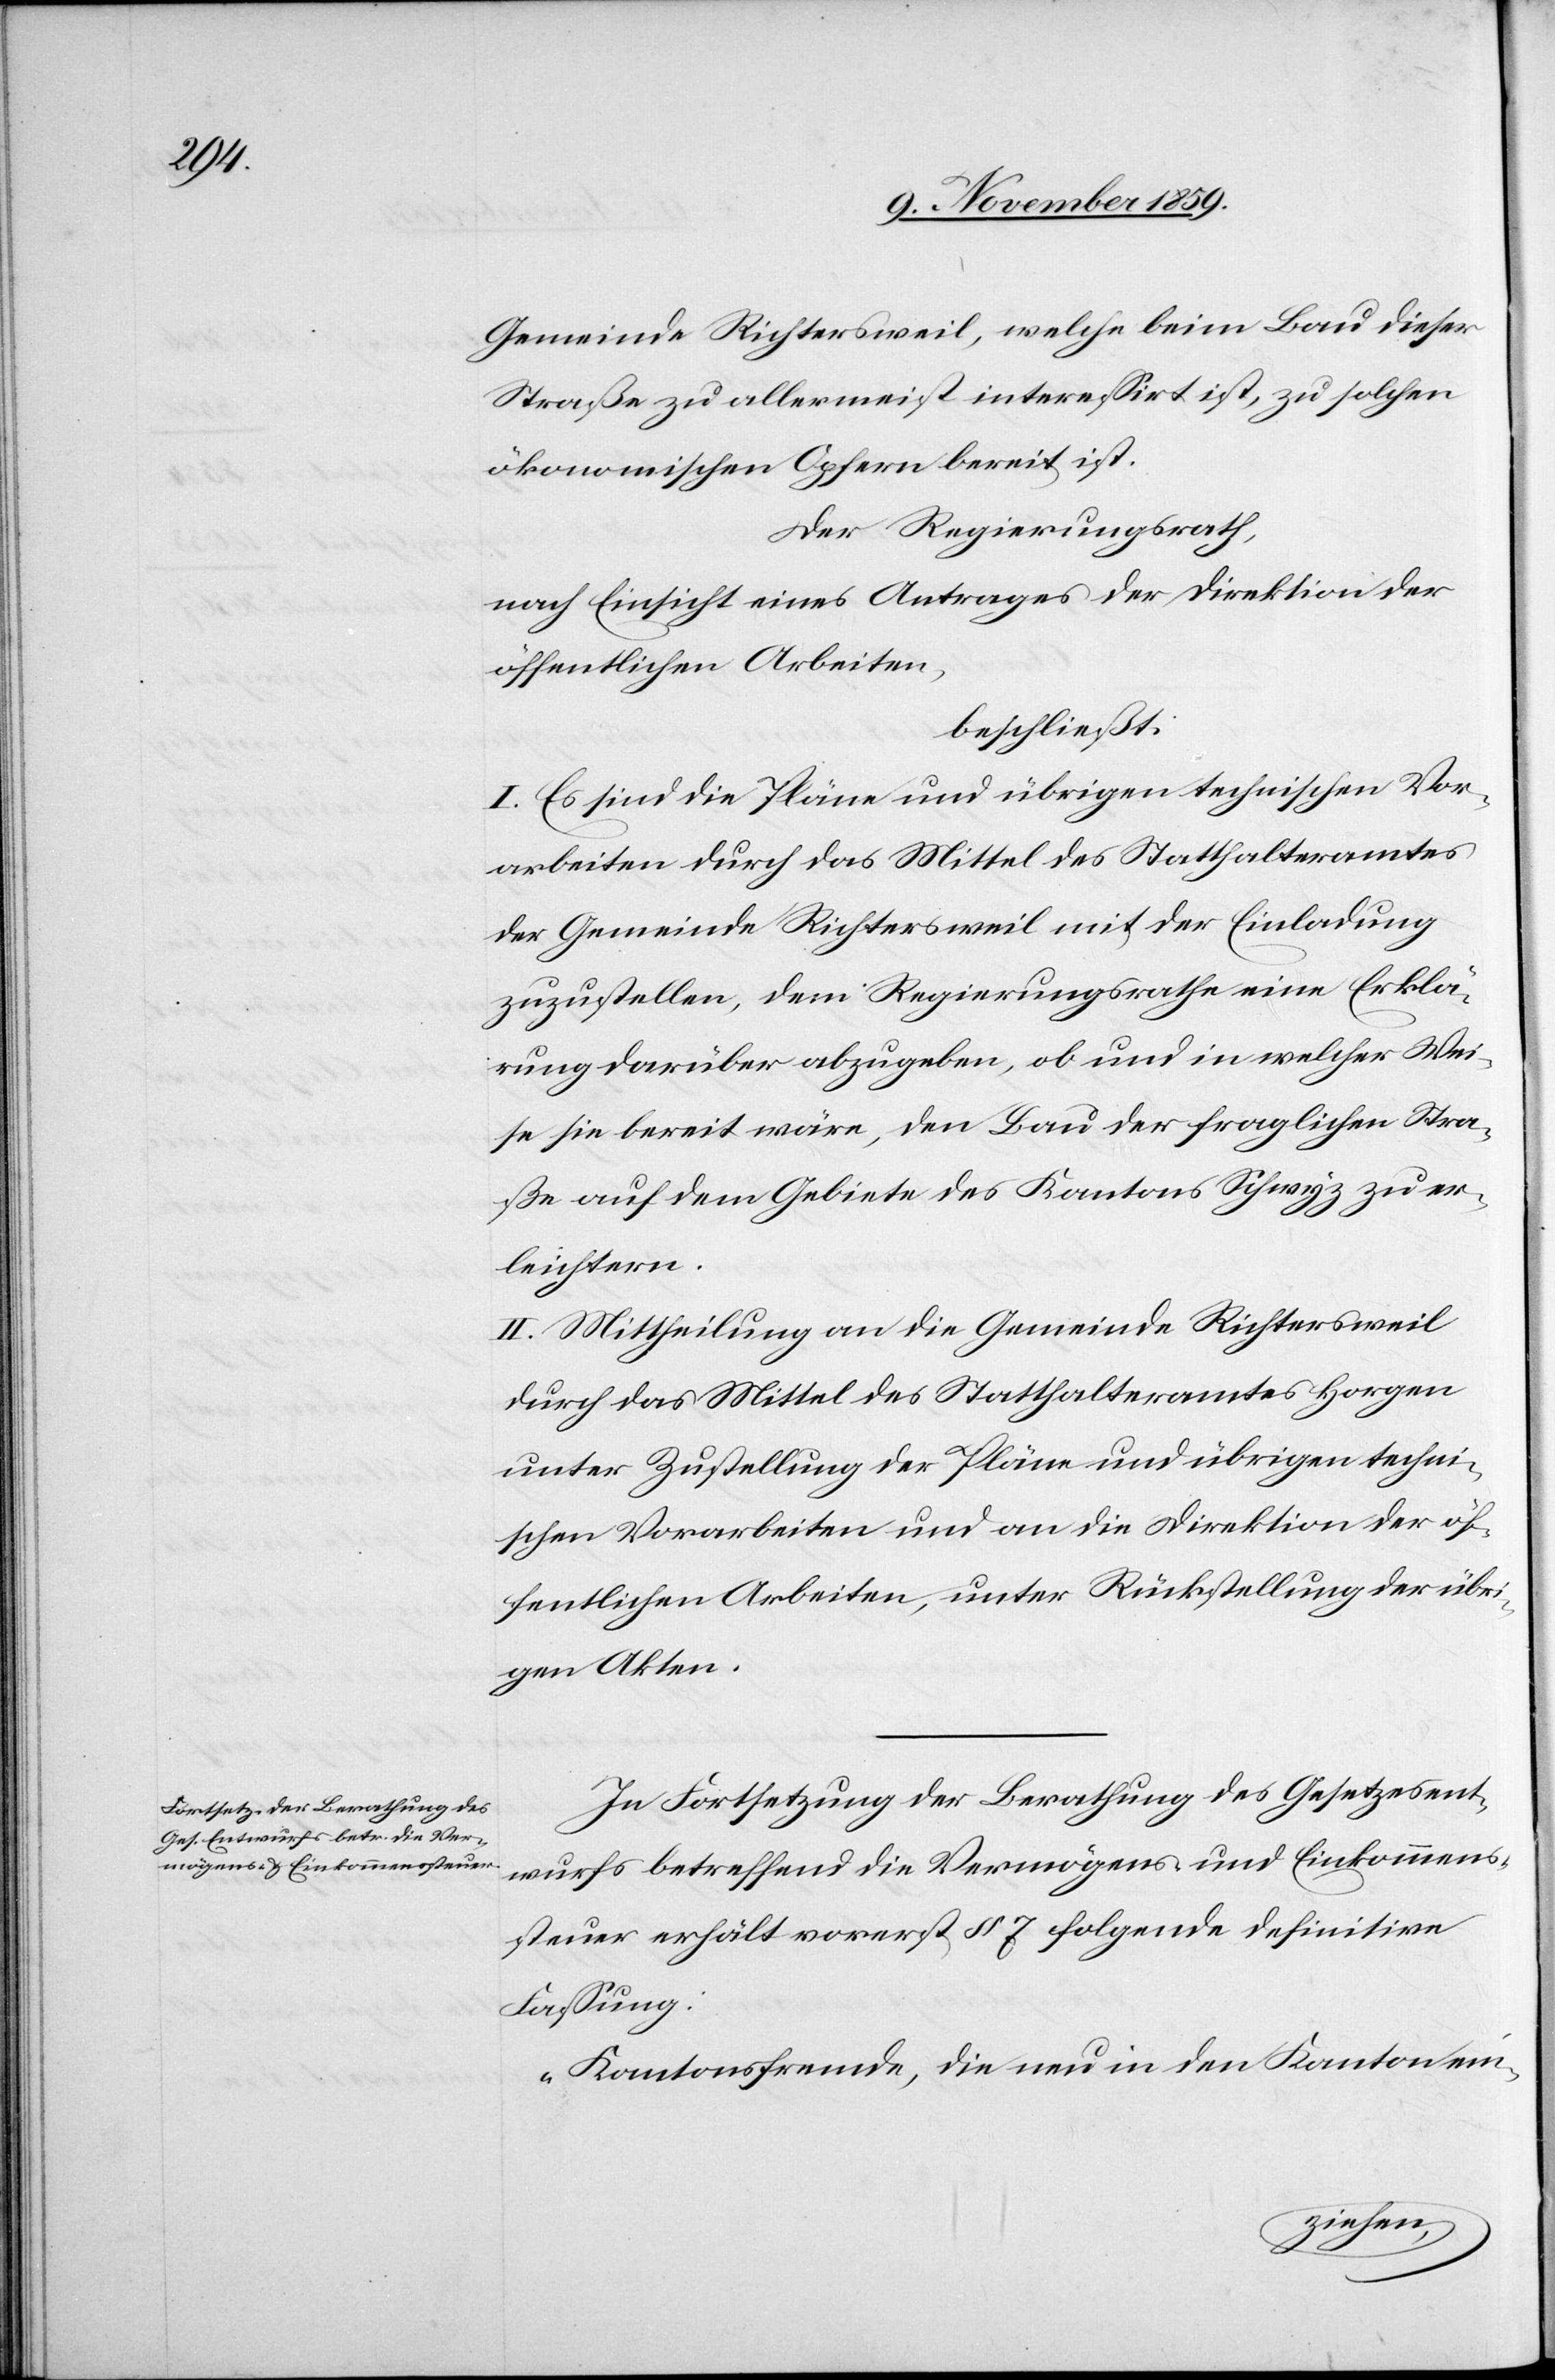
Gemeinde Richtersweil, welche beim Bau dieser
Straße zu allermeist interessiert ist, zu solchen
ökonomischen Opfern bereit ist.
Der Regierungsrath,
nach Einsicht eines Antrages der Direktion der
öffentlichen Arbeiten,
beschließt:
I. Es sind die Pläne und übrigen technischen Vor¬
arbeiten durch das Mittel des Statthalteramtes
der Gemeinde Richtersweil mit der Einladung
zuzustellen, dem Regierungsrathe eine Erklä¬
rung darüber abzugeben, ob und in welcher Wei¬
se sie bereit wäre, den Bau der fraglichen Stra¬
ße auf dem Gebiete des Kantons Schwyz zu er¬
leichtern.
II. Mittheilung an die Gemeinde Richtersweil
durch das Mittel des Statthalteramtes Horgen
unter Zustellung der Pläne und übrigen techni¬
schen Vorarbeiten und an die Direktion der öf¬
fentlichen Arbeiten, unter Rücksendung der übri¬
gen Akten.
In Fortsetzung der Berathung des Gesetzesent¬
wurfs betreffend die Vermögens- und Einkommens¬
steuer erhält vorerst § 7 folgende definitive
Fassung:
„Kantonsfremde, die nun in den Kanton ein-